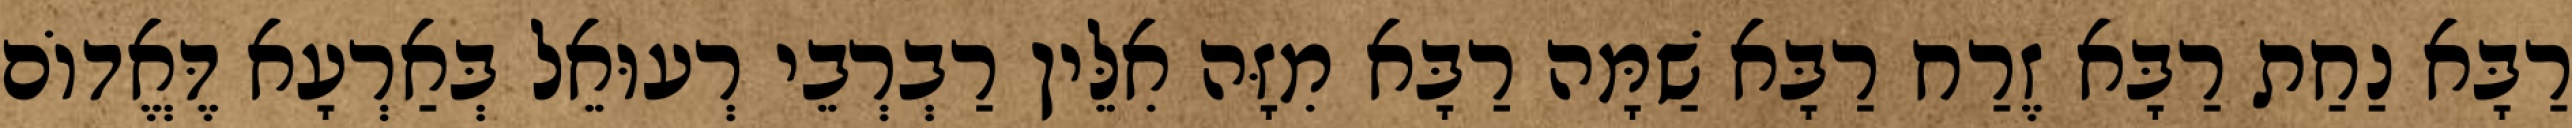
רַבָּא נַחַת רַבָּא זֶרַח רַבָּא שַׁמָּה רַבָּא מִזָּה אִלֵּין רַבְרְבֵי רְעוּאֵל בְּאַרְעָא דֶּאֱדוֹם